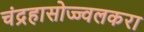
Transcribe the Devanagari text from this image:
चंद्रहासोज्ज्वलकरा